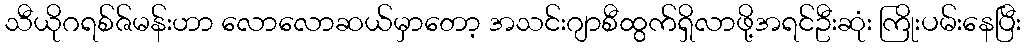
သီယိုဂရစ်ဇ်မန်းဟာ လောလောဆယ်မှာတော့ အသင်းဂျာစီထွက်ရှိလာဖို့အရင်ဦးဆုံး ကြိုးပမ်းနေပြီး